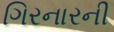
ગિરનારની